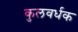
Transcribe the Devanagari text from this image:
कुलवर्धक